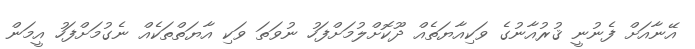
އޭނާއަށް ފެނުނީ ޤުރުއާނުގެ ވަކިއާޔަތެއް ދޫކޮށްލުމަށްފަހު ނުވަތަ ވަކި އާޔަތްތަކެއް ނެގުމަށްފަހު އީމަން